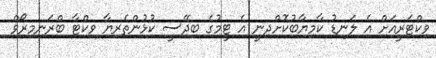
ވިކްޓަރީއަށް އެ ލަނޑު ކާމިޔާބުކޮށްދިނީ އެ ޓީމުގެ ބިދޭސީ ކުޅުންތެރިޔާ ވިކްޓާ ބްރަނިމިރޯވް